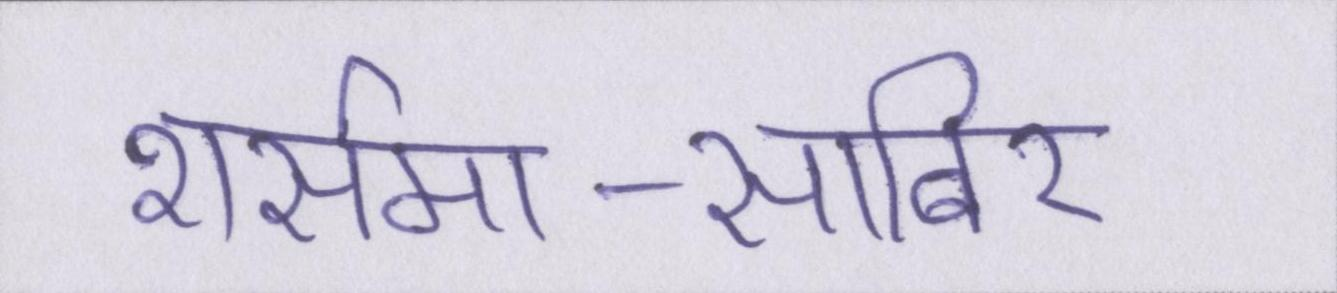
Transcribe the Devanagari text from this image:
शर्समा-साबिर